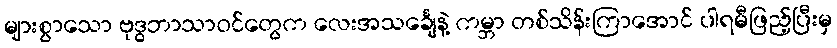
များစွာသော ဗုဒ္ဓဘာသာဝင်တွေက လေးအသင်္ချေနဲ့ ကမ္ဘာ တစ်သိန်းကြာအောင် ပါရမီဖြည့်ပြီးမှ